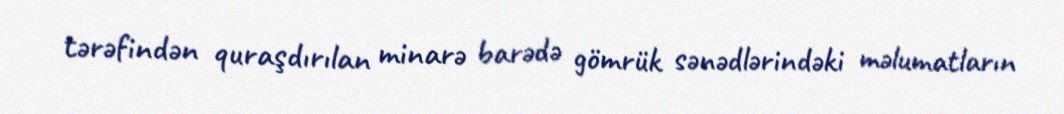
tərəfindən quraşdırılan minarə barədə gömrük sənədlərindəki məlumatların